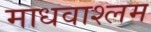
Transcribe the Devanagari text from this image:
माधवाश्लम